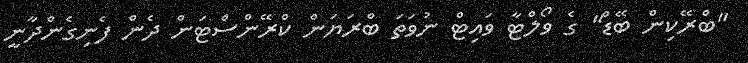
"ބްރޭކިން ބޭޑް" ގެ ވޯލްޓާ ވައިޓް ނުވަތަ ބްރަޔަން ކްރޭންސްޓަން ދެން ފެނިގެންދާނީ